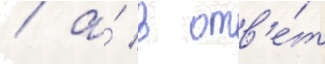
/ а́ в отв'е́т